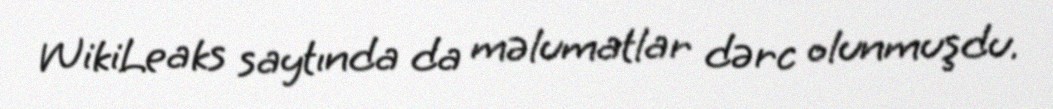
WikiLeaks saytında da məlumatlar dərc olunmuşdu.